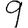
Digit: 9